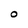
Character: O